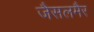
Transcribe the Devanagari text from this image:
जैसलमैर